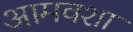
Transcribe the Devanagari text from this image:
आमवशा